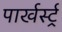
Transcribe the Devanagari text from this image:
पार्खर्स्ट्र